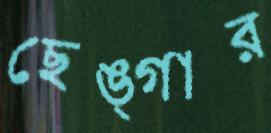
ছেঙ্গার